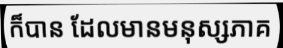
ក៏បាន ដែលមានមនុស្សភាគ